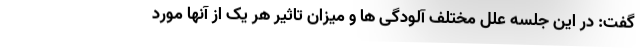
گفت: در این جلسه علل مختلف آلودگی ها و میزان تاثیر هر یک از آنها مورد